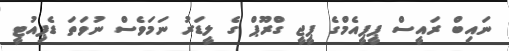
ނައިބް ރައީސް ޕީޕީއެމްގެ ޕީޖީ ގްރޫޕް ގެ ލީޑަރު ނަމަވެސް ނުވަތަ ޑެޕިއުޓީ